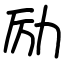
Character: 励